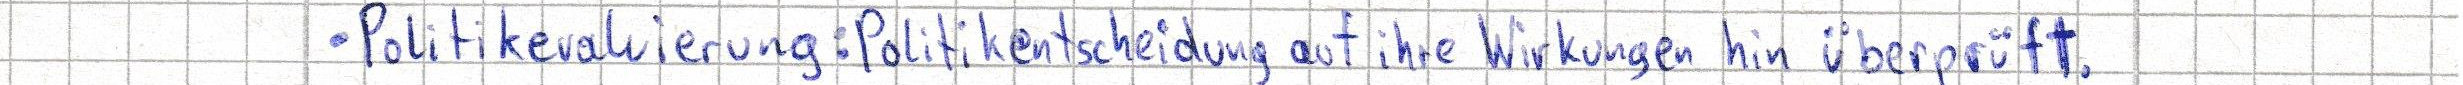
- Politikevaluierung: Politikentscheidung auf ihre Wirkungen hin überprüft.